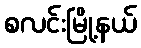
စလင်းမြို့နယ်